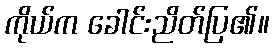
ကိုယ်က ခေါင်းညိတ်ပြ၏။